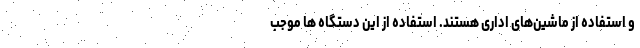
و استفاده از ماشین‌های اداری هستند. استفاده از این دستگاه ها موجب